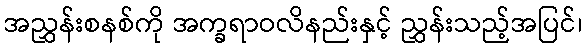
အညွှန်းစနစ်ကို အက္ခရာဝလိနည်းနှင့် ညွှန်းသည့်အပြင်၊